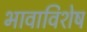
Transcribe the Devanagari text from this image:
भावाविशेष